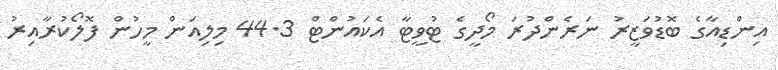
އިންޑިއާގެ ބޮޑުވަޒީރު ނަރެންދުރަ މޯދީގެ ޓުވީޓާ އެކައުންޓް 44.3 މިލިއަން މީހުން ފޮލޯކުރާއިރު